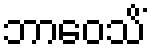
ဘာဝေသိံ